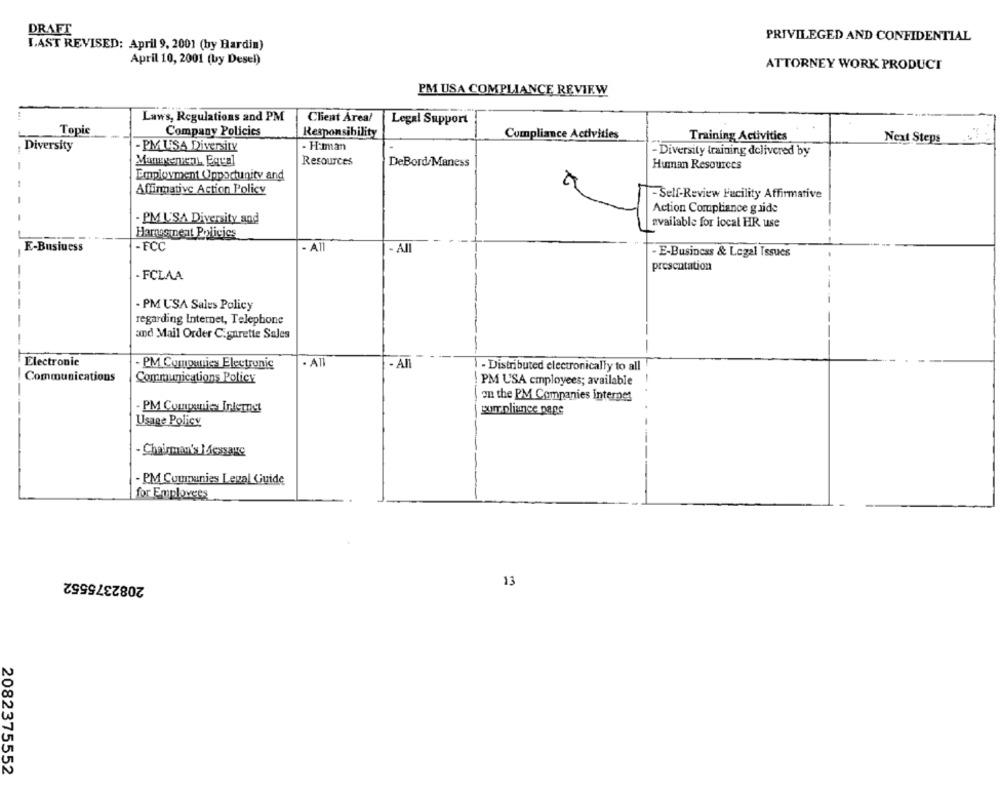
DRAFT
PRIVILEGED AND CONFIDENTIAL
LAST REVISED: April 9, 2001 (by Hardin)
April 10, 2001 (by Desel)
ATTORNEY WORK PRODUCT
PM USA COMPLIANCE REVIEW
Laws, Regulations and PM
Client Areal
Legal Support
Topic
Company Policies
Responsibility
Compliance Activities
Training Activities
Next Steps
: Diversity
- PM USA Diversity
- HaIman
- Diversity training delivered by
Management Equal
Resources
DeBord Maness
Human Resources
Employment Opportunity and
Affirmative Action Policy
-Self-Review Facility Affirmative
Action Compliance guide
- PM USA Diversity and
available for local HR use
Harmegment Policies
-ECC
- All
E-Business
- All
- E-Business & Legal Issues
presentation
- FCLAA
- PM USA Sales Policy
regarding Internet, Telephone
and Mail Order Cigarette Sales
Electronic
- PM Cumpunies Electronic
- An
- Distributed electronically to all
Communications
Communications Policy
PM USA employees; available
I on the PM Companies internet
- PM Companies Inleinct
pourr.pliance page
Usage Policy
Chairman's_Lessauc
- PM Cuumunies Legal Guide
for Employees
2082375552
13
2082375552